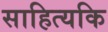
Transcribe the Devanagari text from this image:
साहित्यकि